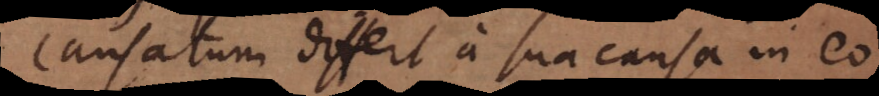
Causatum differt a sua causa in eo